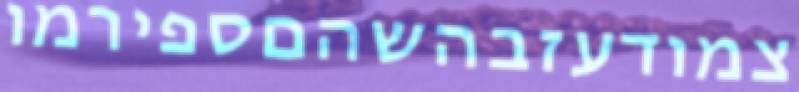
צמודעזבהשהםספירמו